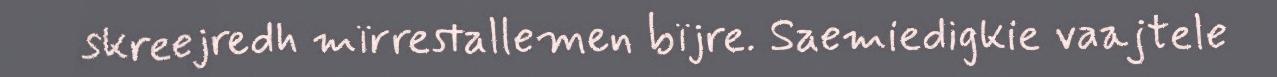
skreejredh mïrrestallemen bïjre. Saemiedigkie vaajtele